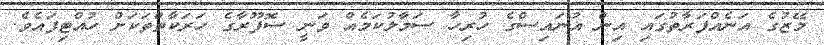
މޭޒުގެ އަނެއްފަރާތުގައި އިން އުނައިސްގެ ހުރިހާ ސަމާލުކަމެއް ވަނީ ސޮފޫރާގެ ހަރަކާތްތަކަށް ހުއްޓިފައެވެ.